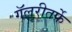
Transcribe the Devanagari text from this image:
गॅलरीतर्फे